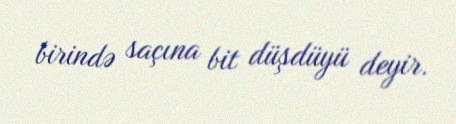
birində saçına bit düşdüyü deyir.